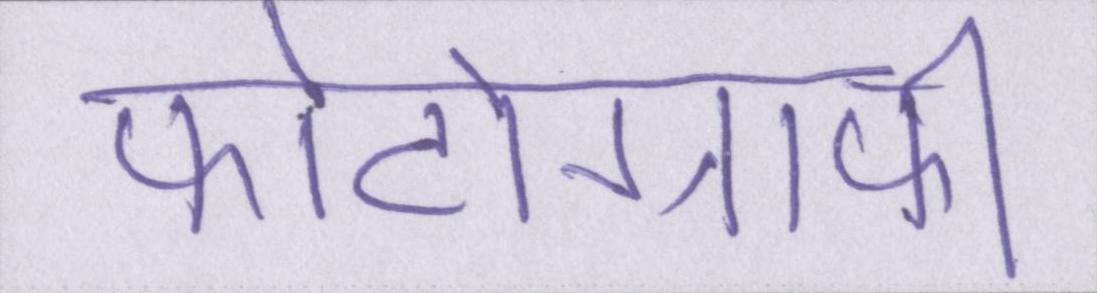
फोटोग्राफी